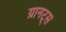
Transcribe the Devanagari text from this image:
ग्रानट्स